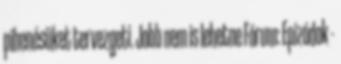
pihenésüket tervezgeti. Jobb nem is lehetne Fórum: Epizódok -